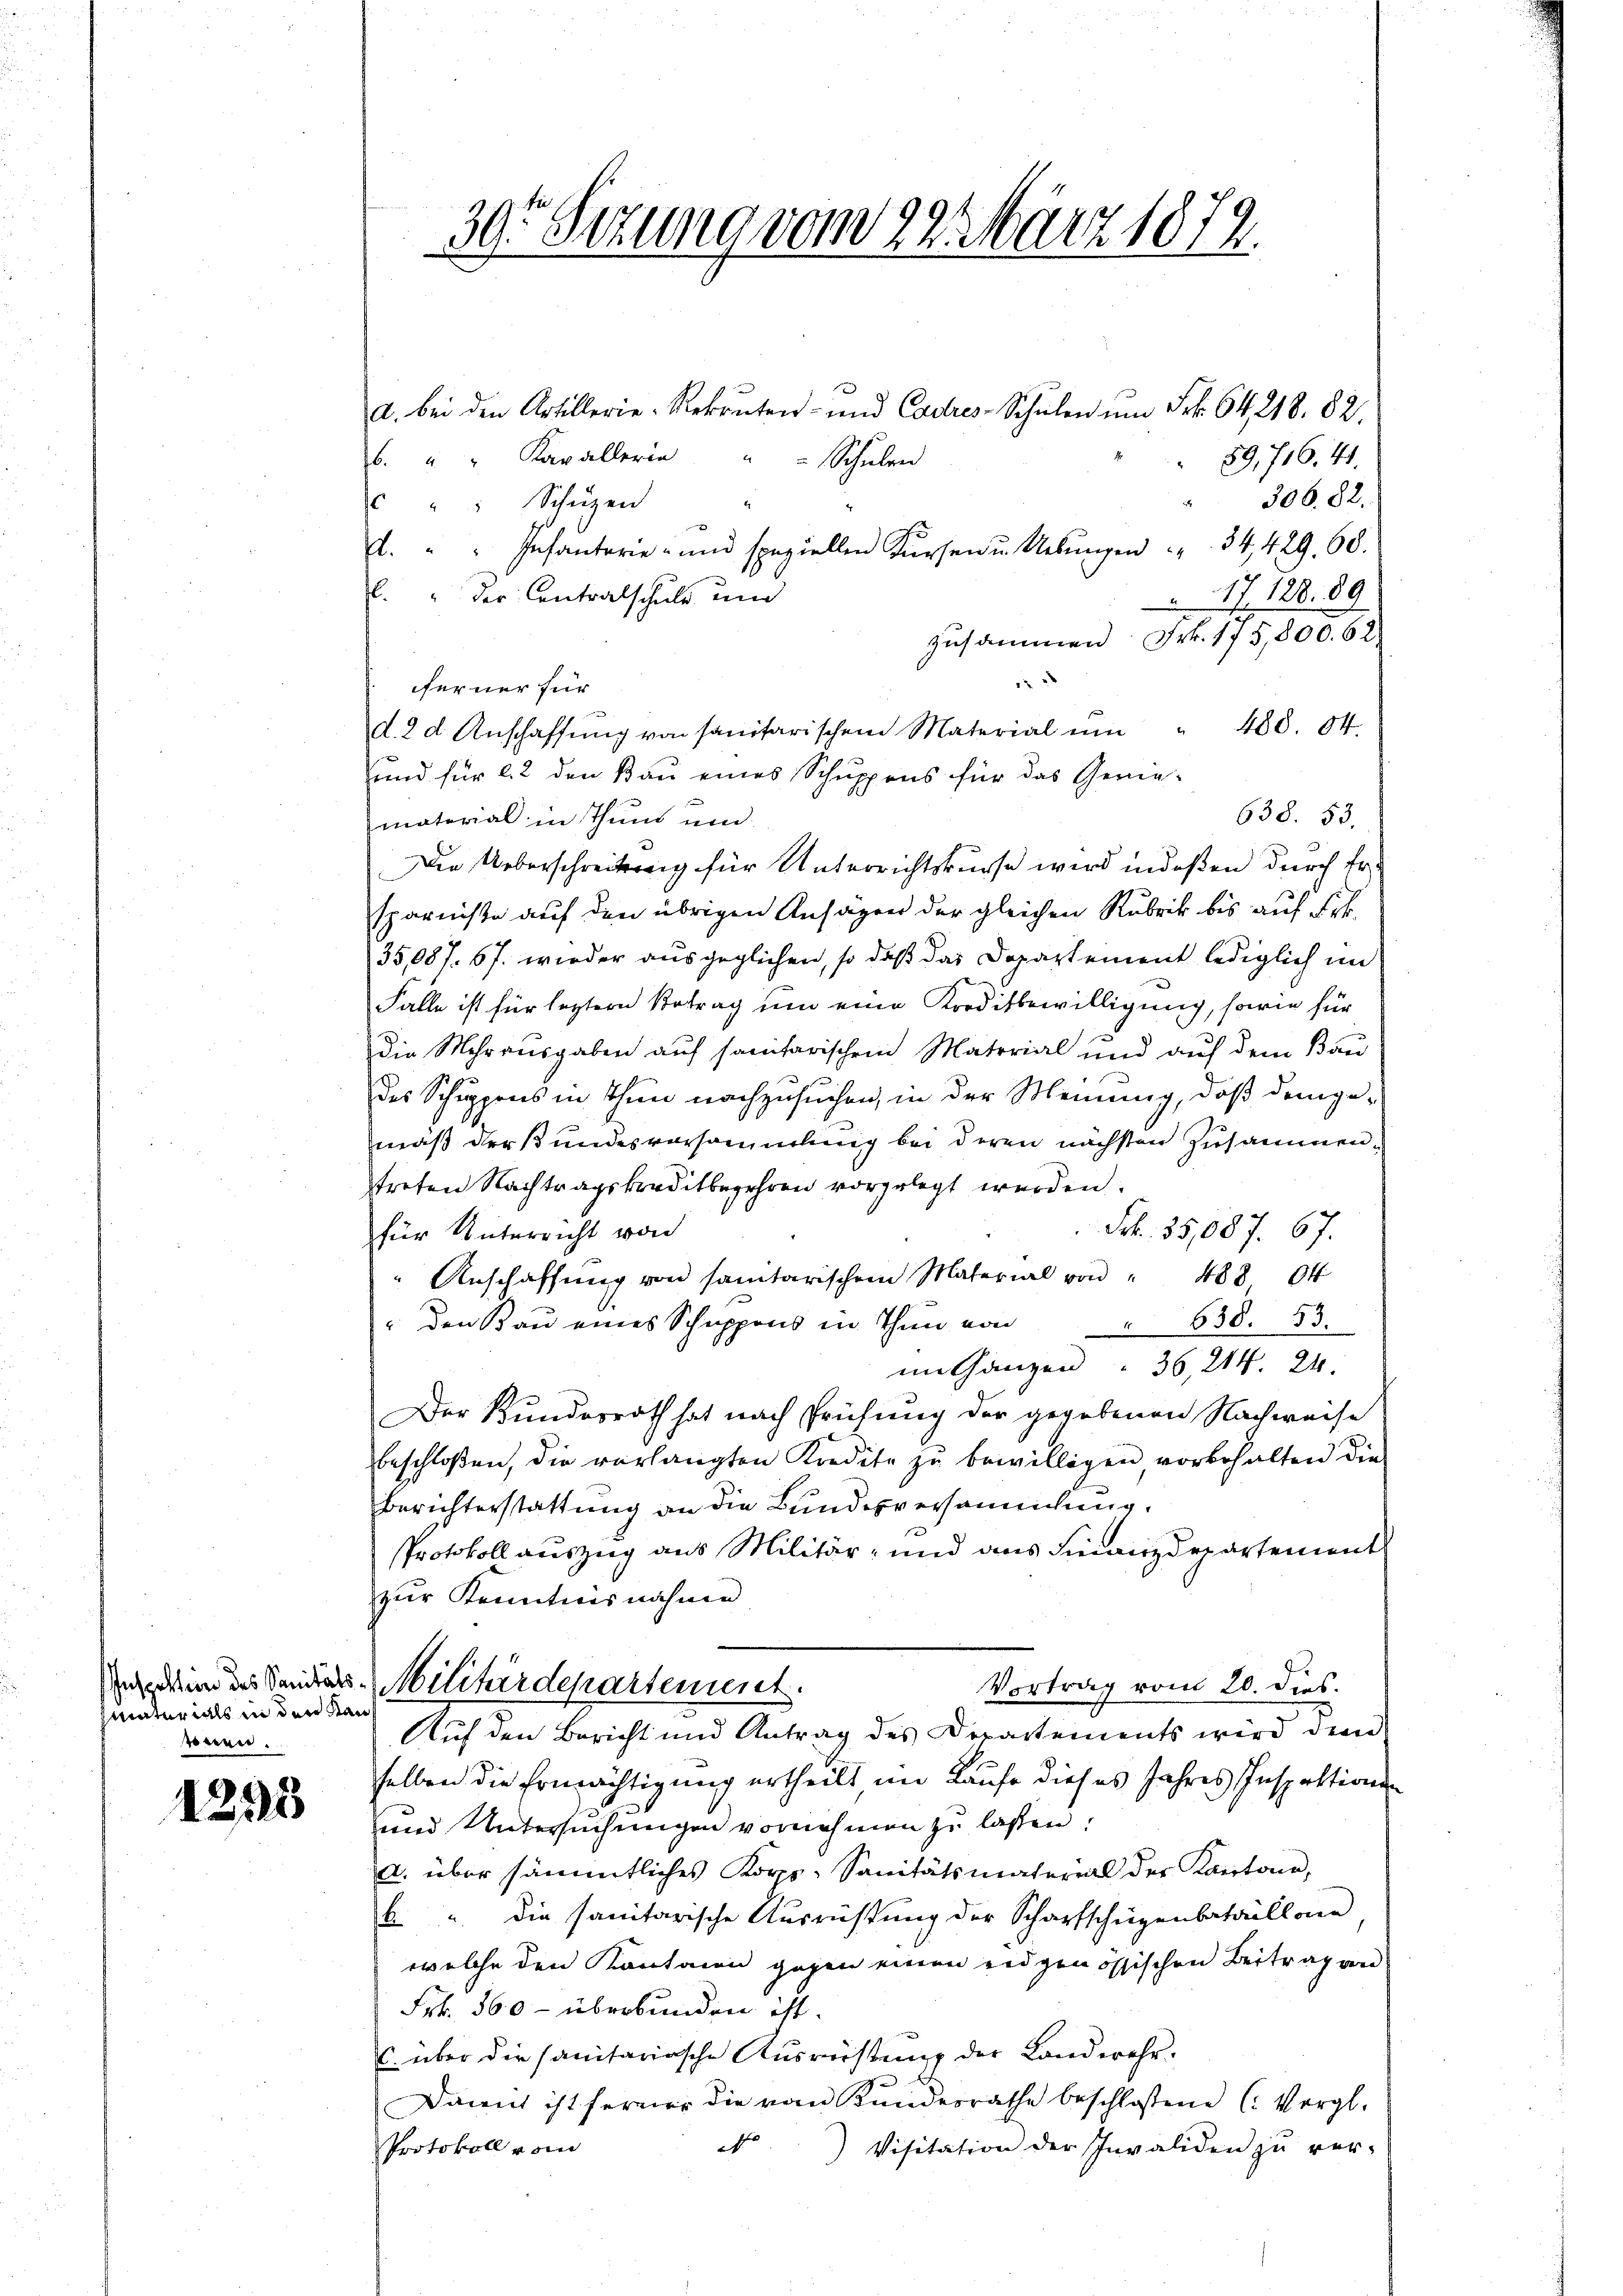
Inspektion des Sanitäts
materials in den Kanwinen.

1295

39. Sezung vom 22. März 1879

a. bei den Artillerie-Rekruten- und Cadres-Schŭlen ŭm Frk. 64, 218. 82.
6. " " Kavallerin " " Schŭlen
89, 716. 441.
306. 82.
 " " Schŭzen
. " " Infanterie- und speziellen Kürsen u. Uebŭngen " " 34, 429. 68.
l." Der Centralschule und
17. 188. 89
zusammen Frk. 175,800. 62
2
ferner für
d. 2 d. Anschaffŭng von sanitarischen Material ŭm " 400. 84
und für 22 den Bau eines Schuppens für das Gene-
638. 53.
material in Thuns und
Die Ueberschreitung für Unterrichtskurse wird indeßen durch Ersparniße auf den übrigen Ansagen der gleichen Rubrik bis auf Frk.
35,087. 67. wieder ausgeglichen, so daß das Departement lediglich im
Falle ist für letztern Betrag um eine Korditbewilligung, sowie für
Die Mehrausgaben auf sanitarischen Material und auf dem Bau
des Schuppens in Thun nachzusuchen, in der Meinung, daß demge-
mäß der Bundesversammlung bei deren nächsten zusammentreten Nachtragskreditbegehren vorgelegt werden.
Frk. 35,087. 67.
für Unterricht von
" Anschaffung von samtarischen Material von " 488 04
" den Bau eines Schuppens in Thun von " 630. 53.
im Ganzen " 36, 214. 24.
Der Bundesrath hat nach Prüfung der gegebenen Nachweise
beschloßen, die verlangten Kredite zŭ bewilligen vorbehalten die
Berichterstattung an die Bundesversammlung.
Protokoll auszug aus Militär- und aus Finanzdepartement
zur Kenntnisnahme
Militärdepartement.
Vortrag vom 20. dies.
Auf den Bericht und Antrag des Departements wird dem
selben die Ermächtigung ertheilt im Laufe dieses Jahres Inspektionen
und Untersuchungen vornehmen zu lassen:
a. über sämmtliches Korps-Sanitätsmaterial der Kantone,
b. " die sanitarische Ausrichtung der Scharfschüzenbataillonen
welche den Kantonen gegen einen eidgenössischen Beitrag an
Frk. 360 - überbunden ist.
 über dir sanitarische Aŭsrüstung der Landwehr-
Diment ist ferner die vom Kundesrathe beschlossene Vergl.
A
Visitation der Invaliden zŭ ver-
Protokoll vom